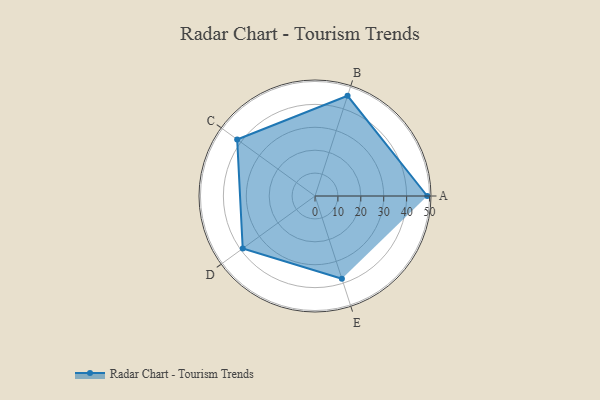
{"axis": {"x": "Skill", "y": "Score"}, "legend": ["Profile"], "data": [{"x": "A", "y": 49.0, "type": "Profile"}, {"x": "B", "y": 46.0, "type": "Profile"}, {"x": "C", "y": 42.0, "type": "Profile"}, {"x": "D", "y": 39.0, "type": "Profile"}, {"x": "E", "y": 38.0, "type": "Profile"}]}